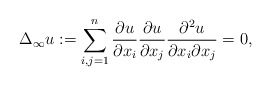
\begin{align*}\Delta_{\infty} u := \sum_{i,j = 1}^{n} \frac{\partial u}{\partial x_i} \frac{\partial u}{\partial x_j} \frac{\partial^2 u}{\partial x_i \partial x_j} = 0,\end{align*}